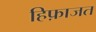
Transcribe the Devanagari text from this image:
हिफ़ाजत